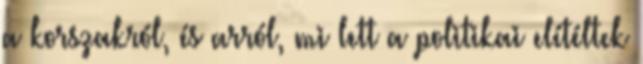
a korszakról, és arról, mi lett a politikai elítéltek